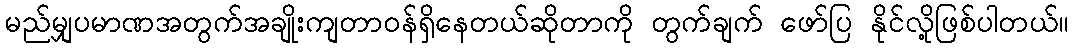
မည်မျှပမာဏအတွက်အချိုးကျတာဝန်ရှိနေတယ်ဆိုတာကို တွက်ချက် ဖော်ပြ နိုင်လို့ဖြစ်ပါတယ်။